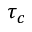
\tau _ { c }